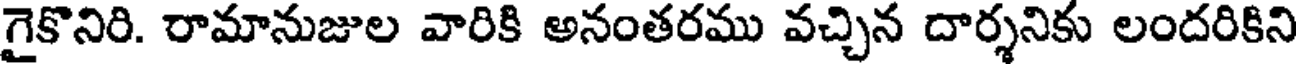
గైకొనిరి. రామానుజుల వారికి అనంతరము వచ్చిన దార్శనికు లందరికిని